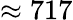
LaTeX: \approx 717